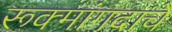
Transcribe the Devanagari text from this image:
रूक्मांगदाचे